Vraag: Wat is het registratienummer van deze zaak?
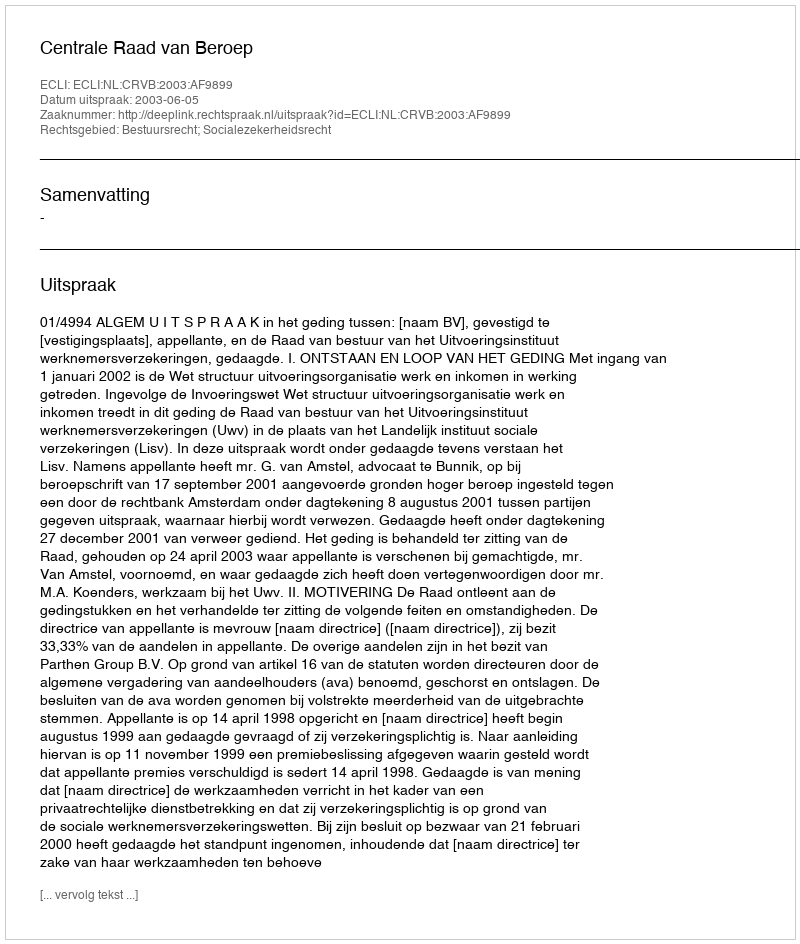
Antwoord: http://deeplink.rechtspraak.nl/uitspraak?id=ECLI:NL:CRVB:2003:AF9899